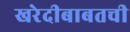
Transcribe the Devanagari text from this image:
खरेदीबाबतची